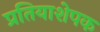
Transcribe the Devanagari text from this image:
प्रतियाशेपक